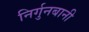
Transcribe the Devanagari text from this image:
निर्गुनबानी